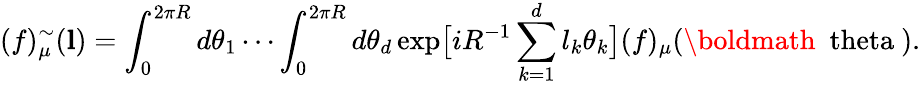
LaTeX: (f)_{\mu}^{\sim}({\mathbf l})=\int_{0}^{2\pi R}d\theta_{1}\cdots\int_{0}^{2\pi R}d\theta_{d}\exp\bigl[iR^{-1}\sum_{k=1}^{d}l_{k}\theta_{k}\bigr](f)_{\mu}(\mathrm{\boldmath{~\ theta~}}).